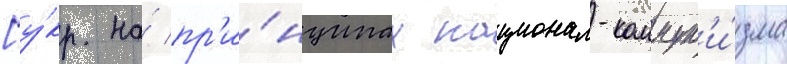
[у́кр. на́ пр'и́нципах национал-коммун'и́зма